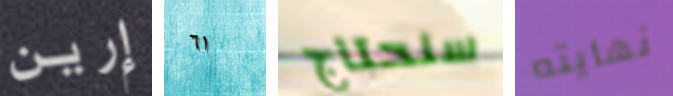
إرين ٦١ سنحتاج نهايته